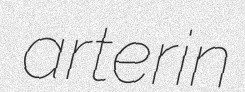
arterin